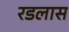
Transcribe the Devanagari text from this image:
रडलास